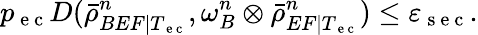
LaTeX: p_{\mathrm{~e~c~}}D(\bar{\rho}_{BEF|T_{\mathrm{~e~c~}}}^{n},\omega_{B}^{n}\otimes\bar{\rho}_{EF|T_{\mathrm{~e~c~}}}^{n})\leq\varepsilon_{\mathrm{~s~e~c~}}.